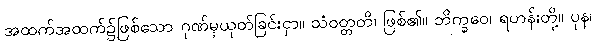
အထက်အထက်၌ဖြစ်သော ဂုဏ်မှယုတ်ခြင်းငှာ။ သံဝတ္တတိ၊ ဖြစ်၏။ ဘိက္ခဝေ၊ ရဟန်းတို့။ ပုန၊